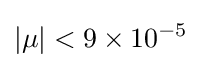
|\mu |<9\times 10^{-5}